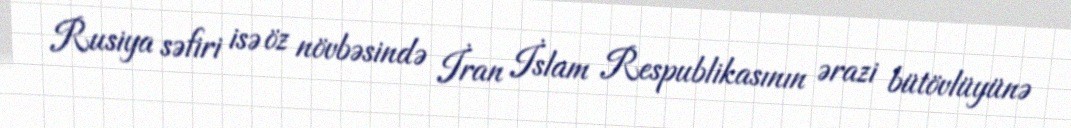
Rusiya səfiri isə öz növbəsində İran İslam Respublikasının ərazi bütövlüyünə